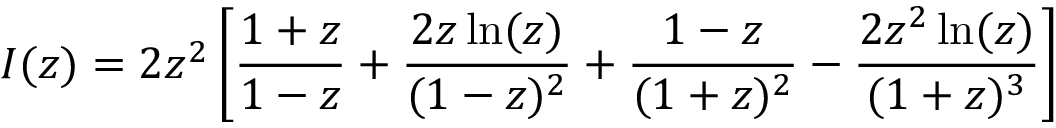
I ( z ) = 2 z ^ { 2 } \left[ \frac { 1 + z } { 1 - z } + \frac { 2 z \ln ( z ) } { ( 1 - z ) ^ { 2 } } + \frac { 1 - z } { ( 1 + z ) ^ { 2 } } - \frac { 2 z ^ { 2 } \ln ( z ) } { ( 1 + z ) ^ { 3 } } \right]